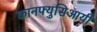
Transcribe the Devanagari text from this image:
कानफ्युसिआयी